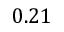
0 . 2 1